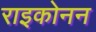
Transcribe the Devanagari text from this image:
राइकोनन